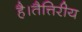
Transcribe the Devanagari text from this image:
है।तैत्तिरीय